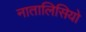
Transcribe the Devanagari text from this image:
नातालिसियो